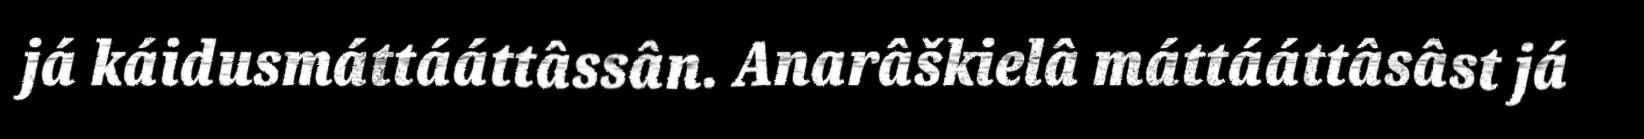
já káidusmáttááttâssân. Anarâškielâ máttááttâsâst já